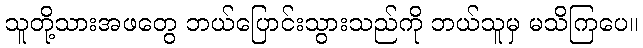
သူတို့သားအဖတွေ ဘယ်ပြောင်းသွားသည်ကို ဘယ်သူမှ မသိကြပေ။